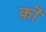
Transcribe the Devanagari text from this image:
क़ॊ